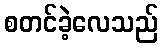
စတင်ခဲ့လေသည်